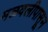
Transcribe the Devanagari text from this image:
मळवलीपासून